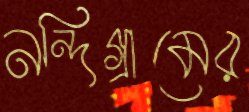
নন্দিগ্রামের